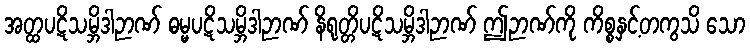
အတ္ထပဋိသမ္ဘိဒါဉာဏ် ဓမ္မပဋိသမ္ဘိဒါဉာဏ် နိရုတ္တိပဋိသမ္ဘိဒါဉာဏ် ဤဉာဏ်ကို ကိစ္စနှင့်တကွသိ သော